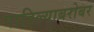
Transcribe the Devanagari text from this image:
पाहिल्याबरोबर